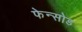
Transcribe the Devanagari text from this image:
फेन्सोड